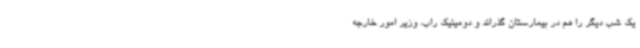
یک شب دیگر را هم در بیمارستان گذراند و دومینیک راب، وزیر امور خارجه